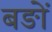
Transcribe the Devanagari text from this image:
बङों